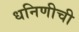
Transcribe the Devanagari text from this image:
धनिणीची